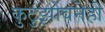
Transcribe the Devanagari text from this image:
कुटुझोवनेही